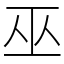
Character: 巫